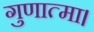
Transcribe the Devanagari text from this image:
गुणात्मा।